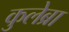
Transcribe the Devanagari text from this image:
कुलेब्रा